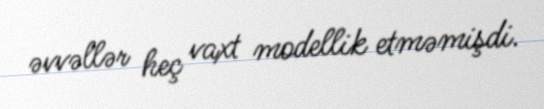
əvvəllər heç vaxt modellik etməmişdi.